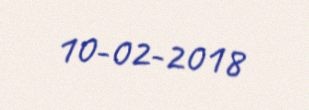
10-02-2018